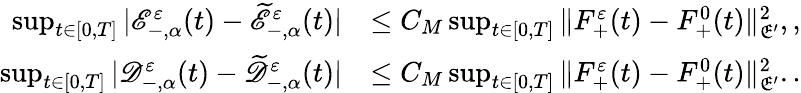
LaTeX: \begin{array}{rl}{\operatorname*{sup}_{t\in[0,T]}|\mathscr E_{-,\alpha}^{\varepsilon}(t)-\widetilde{\mathscr E}_{-,\alpha}^{\varepsilon}(t)|}&{\leq C_{M}\operatorname*{sup}_{t\in[0,T]}\| F_{+}^{\varepsilon}(t)-F_{+}^{0}(t)\| _{\mathfrak E^{\prime}}^{2},,}\\ {\operatorname*{sup}_{t\in[0,T]}|\mathscr D_{-,\alpha}^{\varepsilon}(t)-\widetilde{\mathscr D}_{-,\alpha}^{\varepsilon}(t)|}&{\leq C_{M}\operatorname*{sup}_{t\in[0,T]}\| F_{+}^{\varepsilon}(t)-F_{+}^{0}(t)\| _{\mathfrak E^{\prime}}^{2}..}\end{array}